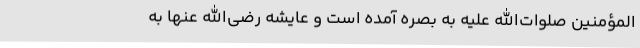
المؤمنین صلوات‌الله علیه به بصره آمده است و عایشه رضی‌الله عنها به